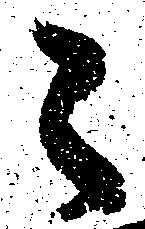
々